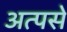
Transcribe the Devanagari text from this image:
अत्पसे